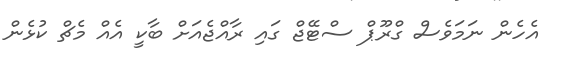
އެހެން ނަމަވެސް ގްރޫޕް ސްޓޭޖް ގައި ރާއްޖެއަށް ބާކީ އެއް މެޗް ކުޅެން